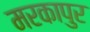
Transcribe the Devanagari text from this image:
मरकापुर